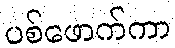
ပစ်ဖောက်ကာ